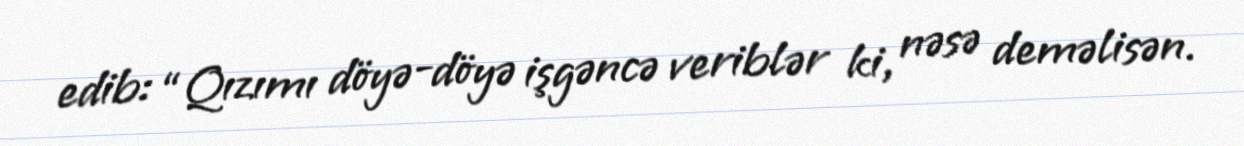
edib: “Qızımı döyə-döyə işgəncə veriblər ki, nəsə deməlisən.